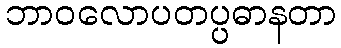
ဘာဝလောပတပ္ပဓာနတာ